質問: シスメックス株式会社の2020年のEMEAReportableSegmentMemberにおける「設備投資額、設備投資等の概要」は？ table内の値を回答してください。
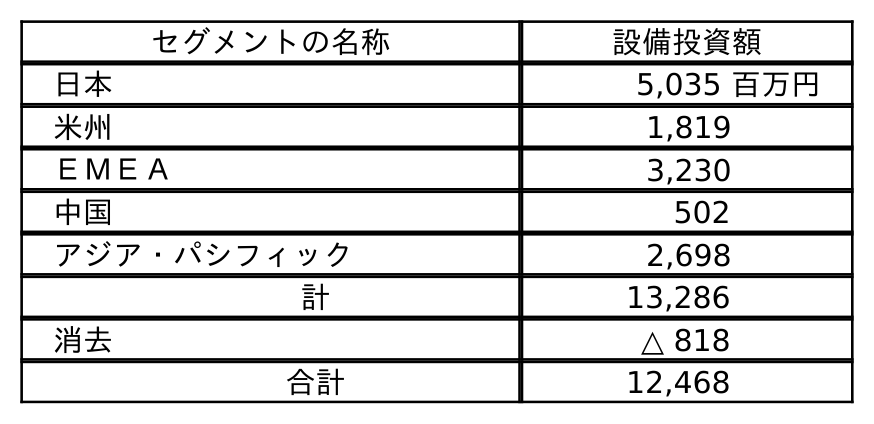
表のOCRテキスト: セグメントの名称 設備投資額 日本 5,035 百万円 米州 1,819 ＥＭＥＡ 3,230 中国 502 アジア・パシフィック 2,698 計 13,286 消去 △ 818 合計 12,468
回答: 3,230